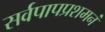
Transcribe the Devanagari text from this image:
सर्वपापप्रशमनं